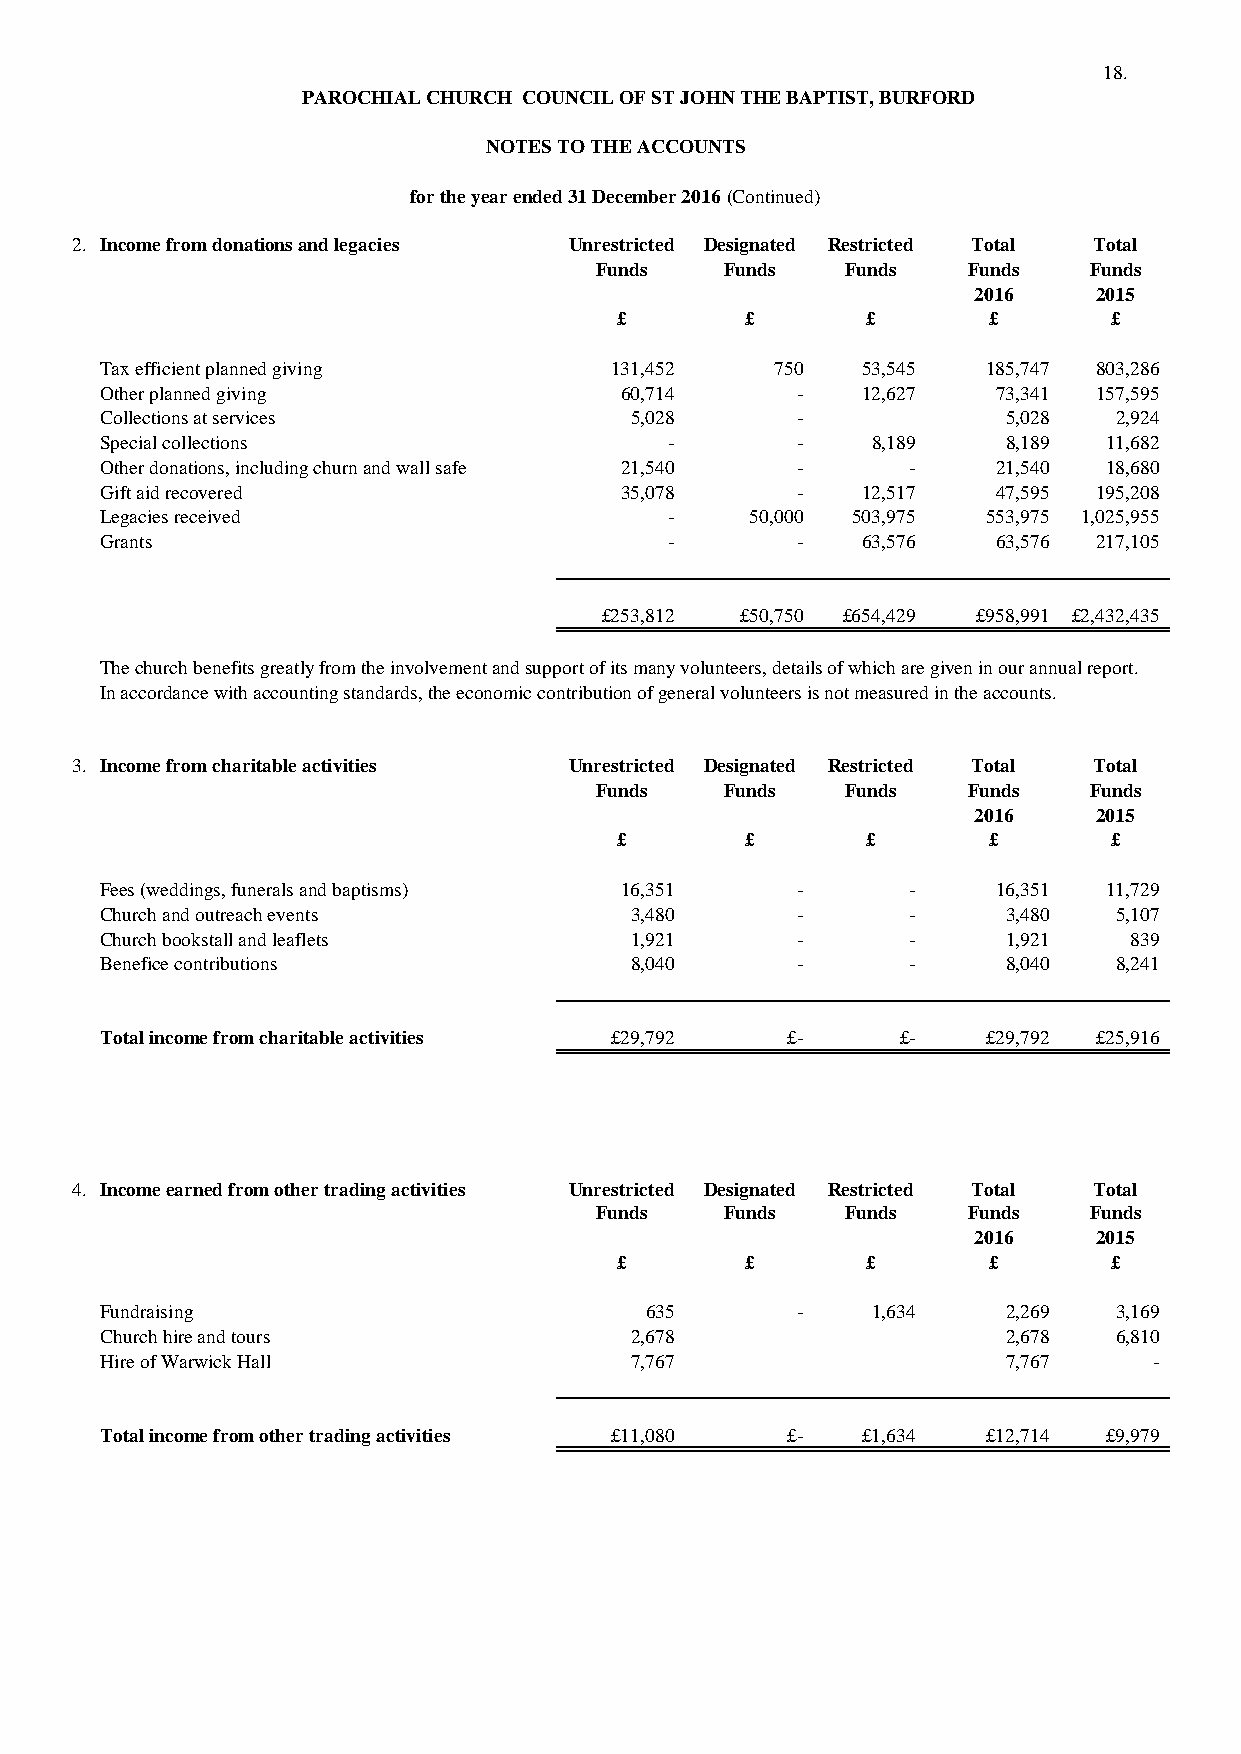
18.
 PAROCHIAL CHURCH COUNCIL OF ST JOHN THE BAPTIST, BURFORD
 NOTES TO THE ACCOUNTS
 for the year ended 31 December 2016 (Continued)
 2. Income from donations and legacies Unrestricted Designated Restricted Total Total
 Funds    Funds   Funds   Funds   Funds
 2016     2015
 £       £       £       £       £
 Tax efficient planned giving     131,452    750   53,545  185,747 803,286
 Other planned giving              60,714      -   12,627   73,341 157,595
 Collections at services            5,028      -             5,028  2,924
 Special collections                  -        -    8,189    8,189 11,682
 Other donations, including churn and wall safe 21,540 - -  21,540 18,680
 Gift aid recovered                35,078      -   12,517   47,595 195,208
 Legacies received                    -     50,000 503,975 553,975 1,025,955
 Grants                               -        -   63,576   63,576 217,105
 £253,812 £50,750 £654,429 £958,991 £2,432,435
 The church benefits greatly from the involvement and support of its many volunteers, details of which are given in our annual report.
 In accordance with accounting standards, the economic contribution of general volunteers is not measured in the accounts.
 3. Income from charitable activities Unrestricted Designated Restricted Total Total
 Funds    Funds   Funds   Funds   Funds
 2016     2015
 £       £       £       £       £
 Fees (weddings, funerals and baptisms) 16,351 -      -     16,351 11,729
 Church and outreach events         3,480      -      -      3,480  5,107
 Church bookstall and leaflets      1,921      -      -      1,921   839
 Benefice contributions             8,040      -      -      8,040  8,241
 Total income from charitable activities £29,792 £-   £-   £29,792 £25,916
 4. Income earned from other trading activities Unrestricted Designated Restricted Total Total
 Funds    Funds   Funds   Funds   Funds
 2016     2015
 £       £       £       £       £
 Fundraising                         635       -    1,634    2,269  3,169
 Church hire and tours              2,678                    2,678  6,810
 Hire of Warwick Hall               7,767                    7,767    -
 Total income from other trading activities £11,080 £- £1,634 £12,714 £9,979